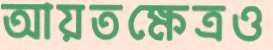
আয়তক্ষেত্রও